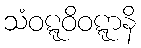
သံဝဋ္ဋဝိဝဋ္ဋာနိ